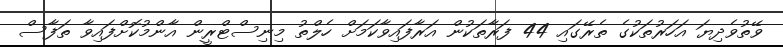
ވޭތުވެދިޔަ އަހަރުތަކުގެ ތެރޭގައި 44 ފަރާތަކުން އަރާފައިވާކަމަށް ހެލްތު މިނިސްޓްރީން އާންމުކޮށްފައިވާ ތަފާސް